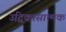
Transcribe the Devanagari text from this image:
उद्विकासात्मक